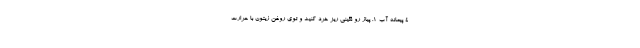
۴ پیمانه آب ۱. پیاز رو نگینی ریز خرد کنید و توی روغن زیتون با حرارت